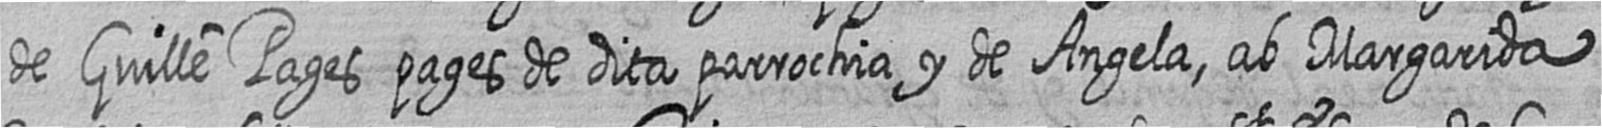
de Guille Pages pages de dita parrochia y de Angela ab Margarida